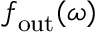
\boldsymbol { f } _ { \mathrm { o u t } } ( \omega )